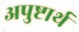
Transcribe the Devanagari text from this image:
अपुष्टार्थ